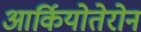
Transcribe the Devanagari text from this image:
आर्कियोतेरोन